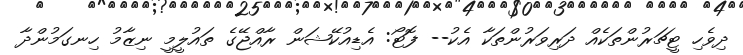
ދިވެހި ޓީޗަރުންތަކެއް ދަރިވަރުންތަކާ އެކު-- ފޮޓޯ: އެޑިއުކޭޝަން ރާއްޖޭގެ ތައުލީމީ ނިޒާމު ހިނގަމުންދާ